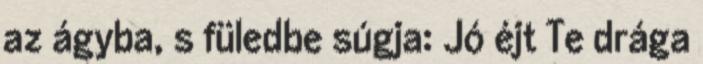
az ágyba, s füledbe súgja: Jó éjt Te drága